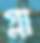
গ্লা